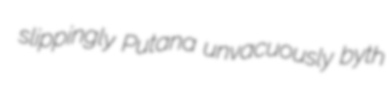
slippingly Putana unvacuously byth